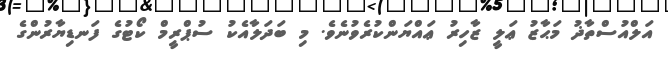
އަލްއުސްތާޛު މަޙާޒު ޢަލީ ޒާހިރު ޢައްޔަންކުރެވުނެވެ. މި ބަދަލާއެކު ސުޕްރީމް ކޯޓުގެ ފަނޑިޔާރުންގެ